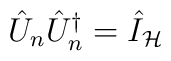
\hat{U}_n\hat{U}_n^{\dagger }=\hat{I}_{\mathcal{H}}